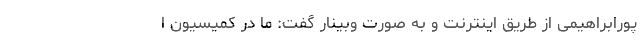
پورابراهیمی از طریق اینترنت و به صورت وبینار گفت: ما در کمیسیون ا